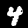
Label: 4